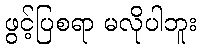
ဖွင့်ပြစရာ မလိုပါဘူး